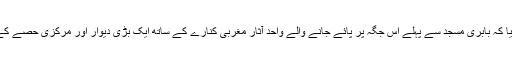
اس کی 574 صفحات پر مشتمل حتمی رپورٹ میں بتایا گیا کہ بابری مسجد سے پہلے اس جگہ پر پائے جانے والے واحد آثار مغربی کنارے کے ساتھ ایک بڑی دیوار اور مرکزی حصے کے اُس پار 50 چھوٹے ’ستونوں کی بنیادوں‘ پر مشتمل ہیں۔